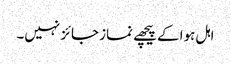
اہل ہوا کے پیچھے نماز جائز نہیں۔